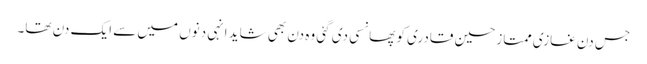
جس دن غازی ممتاز حسین قادری کو پھانسی دی گئی وہ دن بھی شاید انہی دنوں میں سے ایک دن تھا۔